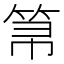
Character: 𱷼